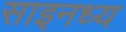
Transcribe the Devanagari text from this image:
साइनध्य